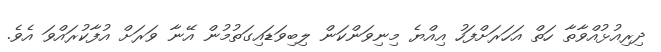
ދިރިއުޅުއްވާތާ ހަތް އަހަރަށްފަހު އިއްޔެ މިނިވަންކަން ލިބިވަޑައިގަތުމުން އޭނާ ވަރަށް އުފާކުރައްވަ އެވެ.